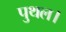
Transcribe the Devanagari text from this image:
पुथल।